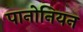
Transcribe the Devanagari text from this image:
पानोनियन